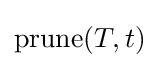
\operatorname {prune} (T,t)